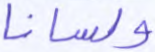
ولسانا